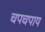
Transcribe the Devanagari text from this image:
चपचपाय